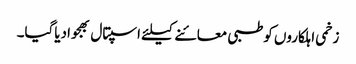
زخمی اہلکاروں کوطبی معائنے کیلئے اسپتال بھجوادیاگیا۔